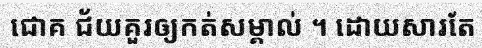
ជោគ ជ័យគួរឲ្យកត់សម្គាល់ ។ ដោយសារតែ